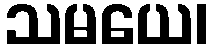
သမယေ၊